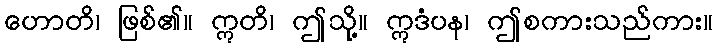
ဟောတိ၊ ဖြစ်၏။ ဣတိ၊ ဤသို့။ ဣဒံပန၊ ဤစကားသည်ကား။